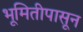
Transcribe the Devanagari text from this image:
भूमितीपासून